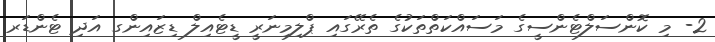
2- މި ކޮންސަލްޓެންސީގެ މަސައްކަތްތަކުގެ ތެރޭގައި ޕްލިމިނަރީ ޑީޓެއިލް ޑިޒައިންގ އަދި ޓެންޑަރ